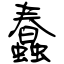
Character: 蠢